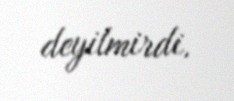
deyilmirdi.